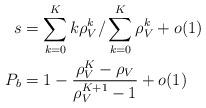
LaTeX: \begin{align*} s &= \sum\limits_{k=0}^K k\rho_V^k/\sum\limits_{k=0}^K \rho_V^k + o(1) \\P_b &= 1 - \frac{\rho_V^K-\rho_V}{\rho_V^{K+1}-1} + o(1) \end{align*}